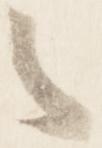
者